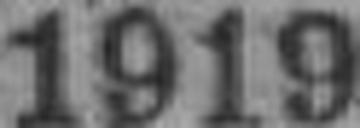
1919